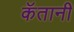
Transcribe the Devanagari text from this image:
कॅतानी